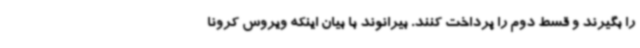
را بگیرند و قسط دوم را پرداخت کنند. بیرانوند با بیان اینکه ویروس کرونا